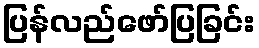
ပြန်လည်ဖော်ပြခြင်း